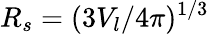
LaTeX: R_{s}=(3V_{l}/4\pi)^{1/3}